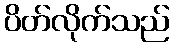
ပိတ်လိုက်သည်